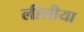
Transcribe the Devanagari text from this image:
लीलीया